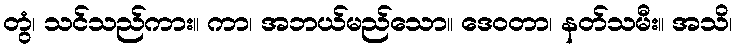
တွံ၊ သင်သည်ကား။ ကာ၊ အဘယ်မည်သော။ ဒေဝတာ၊ နတ်သမီး။ အသိ၊